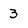
Character: 3